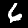
Label: 6